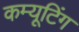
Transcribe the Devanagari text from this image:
कम्यूटिंग